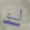
لو